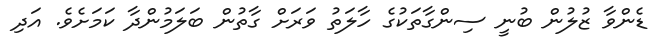
ޑެންވާ ޒުލުން ބުނީ ސިންގާތަކުގެ ހާލަތު ވަރަށް ގާތުން ބަލަމުންދާ ކަމަށެވެ. އަދި